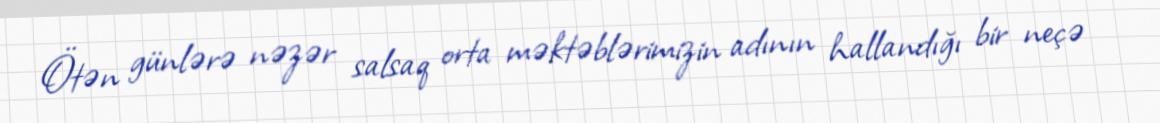
Ötən günlərə nəzər salsaq orta məktəblərimizin adının hallandığı bir neçə